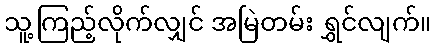
သူ့ကြည့်လိုက်လျှင် အမြဲတမ်း ရွှင်လျက်။